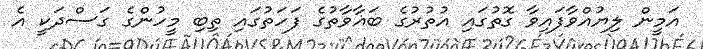
އަމީން ލިޔުއްވާފައިވާ ގޮތުގައި އުތުރުގެ ބަޣާވާތުގެ ފަހަތުގައި ތިބި މީހުންގެ ގަސްދަކީ އެ